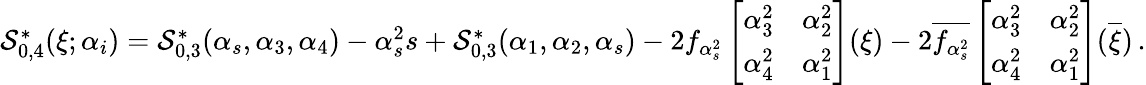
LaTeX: \begin{array}{r}{\mathcal{S}_{0,4}^{\ast}(\xi;\alpha_{i})={\mathcal{S}_{0,3}^{\ast}(\alpha_{s},\alpha_{3},\alpha_{4})}-{\alpha_{s}^{2}s}+{\mathcal{S}_{0,3}^{\ast}(\alpha_{1},\alpha_{2},\alpha_{s})}-2f_{\alpha_{s}^{2}}\left[\begin{array}{ll}{\alpha_{3}^{2}}&{\alpha_{2}^{2}}\\ {\alpha_{4}^{2}}&{\alpha_{1}^{2}}\end{array}\right](\xi)-2\overline{{f_{\alpha_{s}^{2}}}}\left[\begin{array}{ll}{\alpha_{3}^{2}}&{\alpha_{2}^{2}}\\ {\alpha_{4}^{2}}&{\alpha_{1}^{2}}\end{array}\right](\overline{{\xi}})\, .}\end{array}